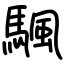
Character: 颿